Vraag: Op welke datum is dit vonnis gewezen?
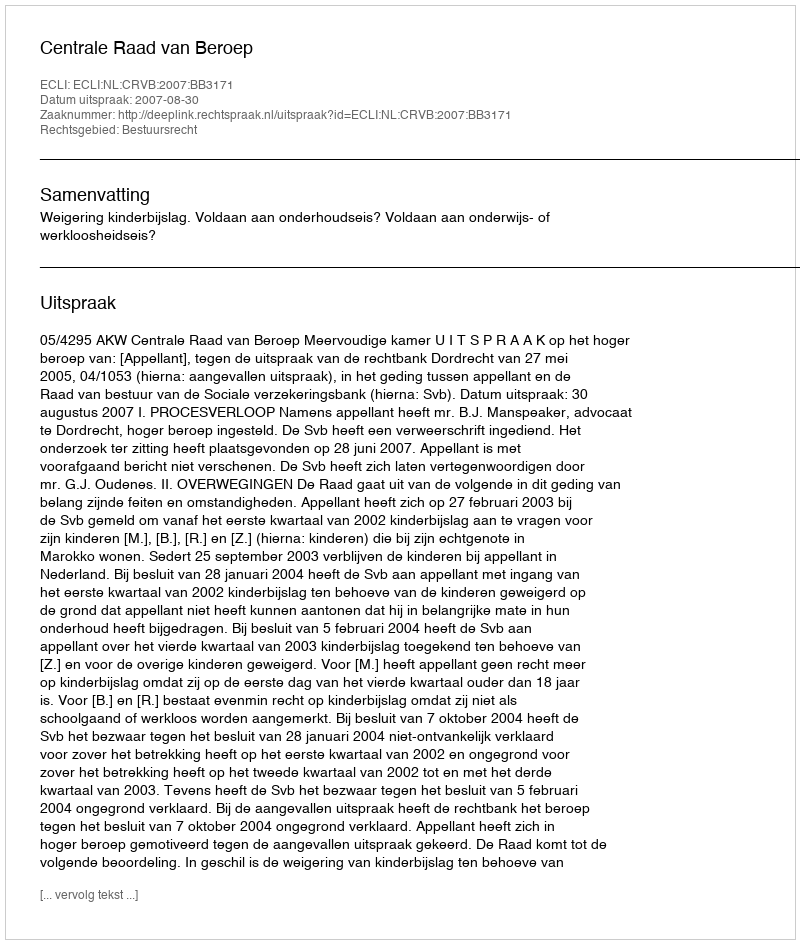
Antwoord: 2007-08-30